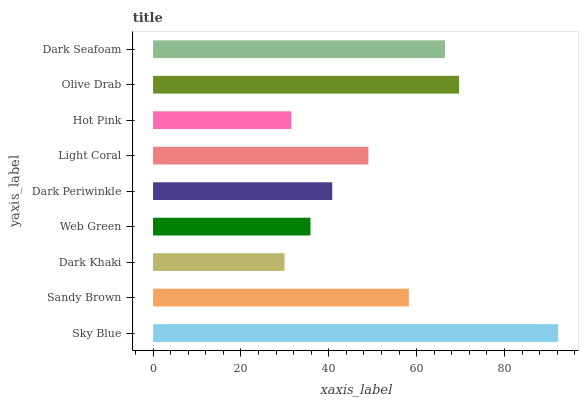
| yaxis_label | bars |
 | --- | --- |
 | Sky Blue | 92.2 |
 | Sandy Brown | 58.2 |
 | Dark Khaki | 29.9 |
 | Web Green | 35.8 |
 | Dark Periwinkle | 40.8 |
 | Light Coral | 49 |
 | Hot Pink | 31.5 |
 | Olive Drab | 69.7 |
 | Dark Seafoam | 66.5 |